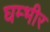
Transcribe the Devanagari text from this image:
घम्भीर